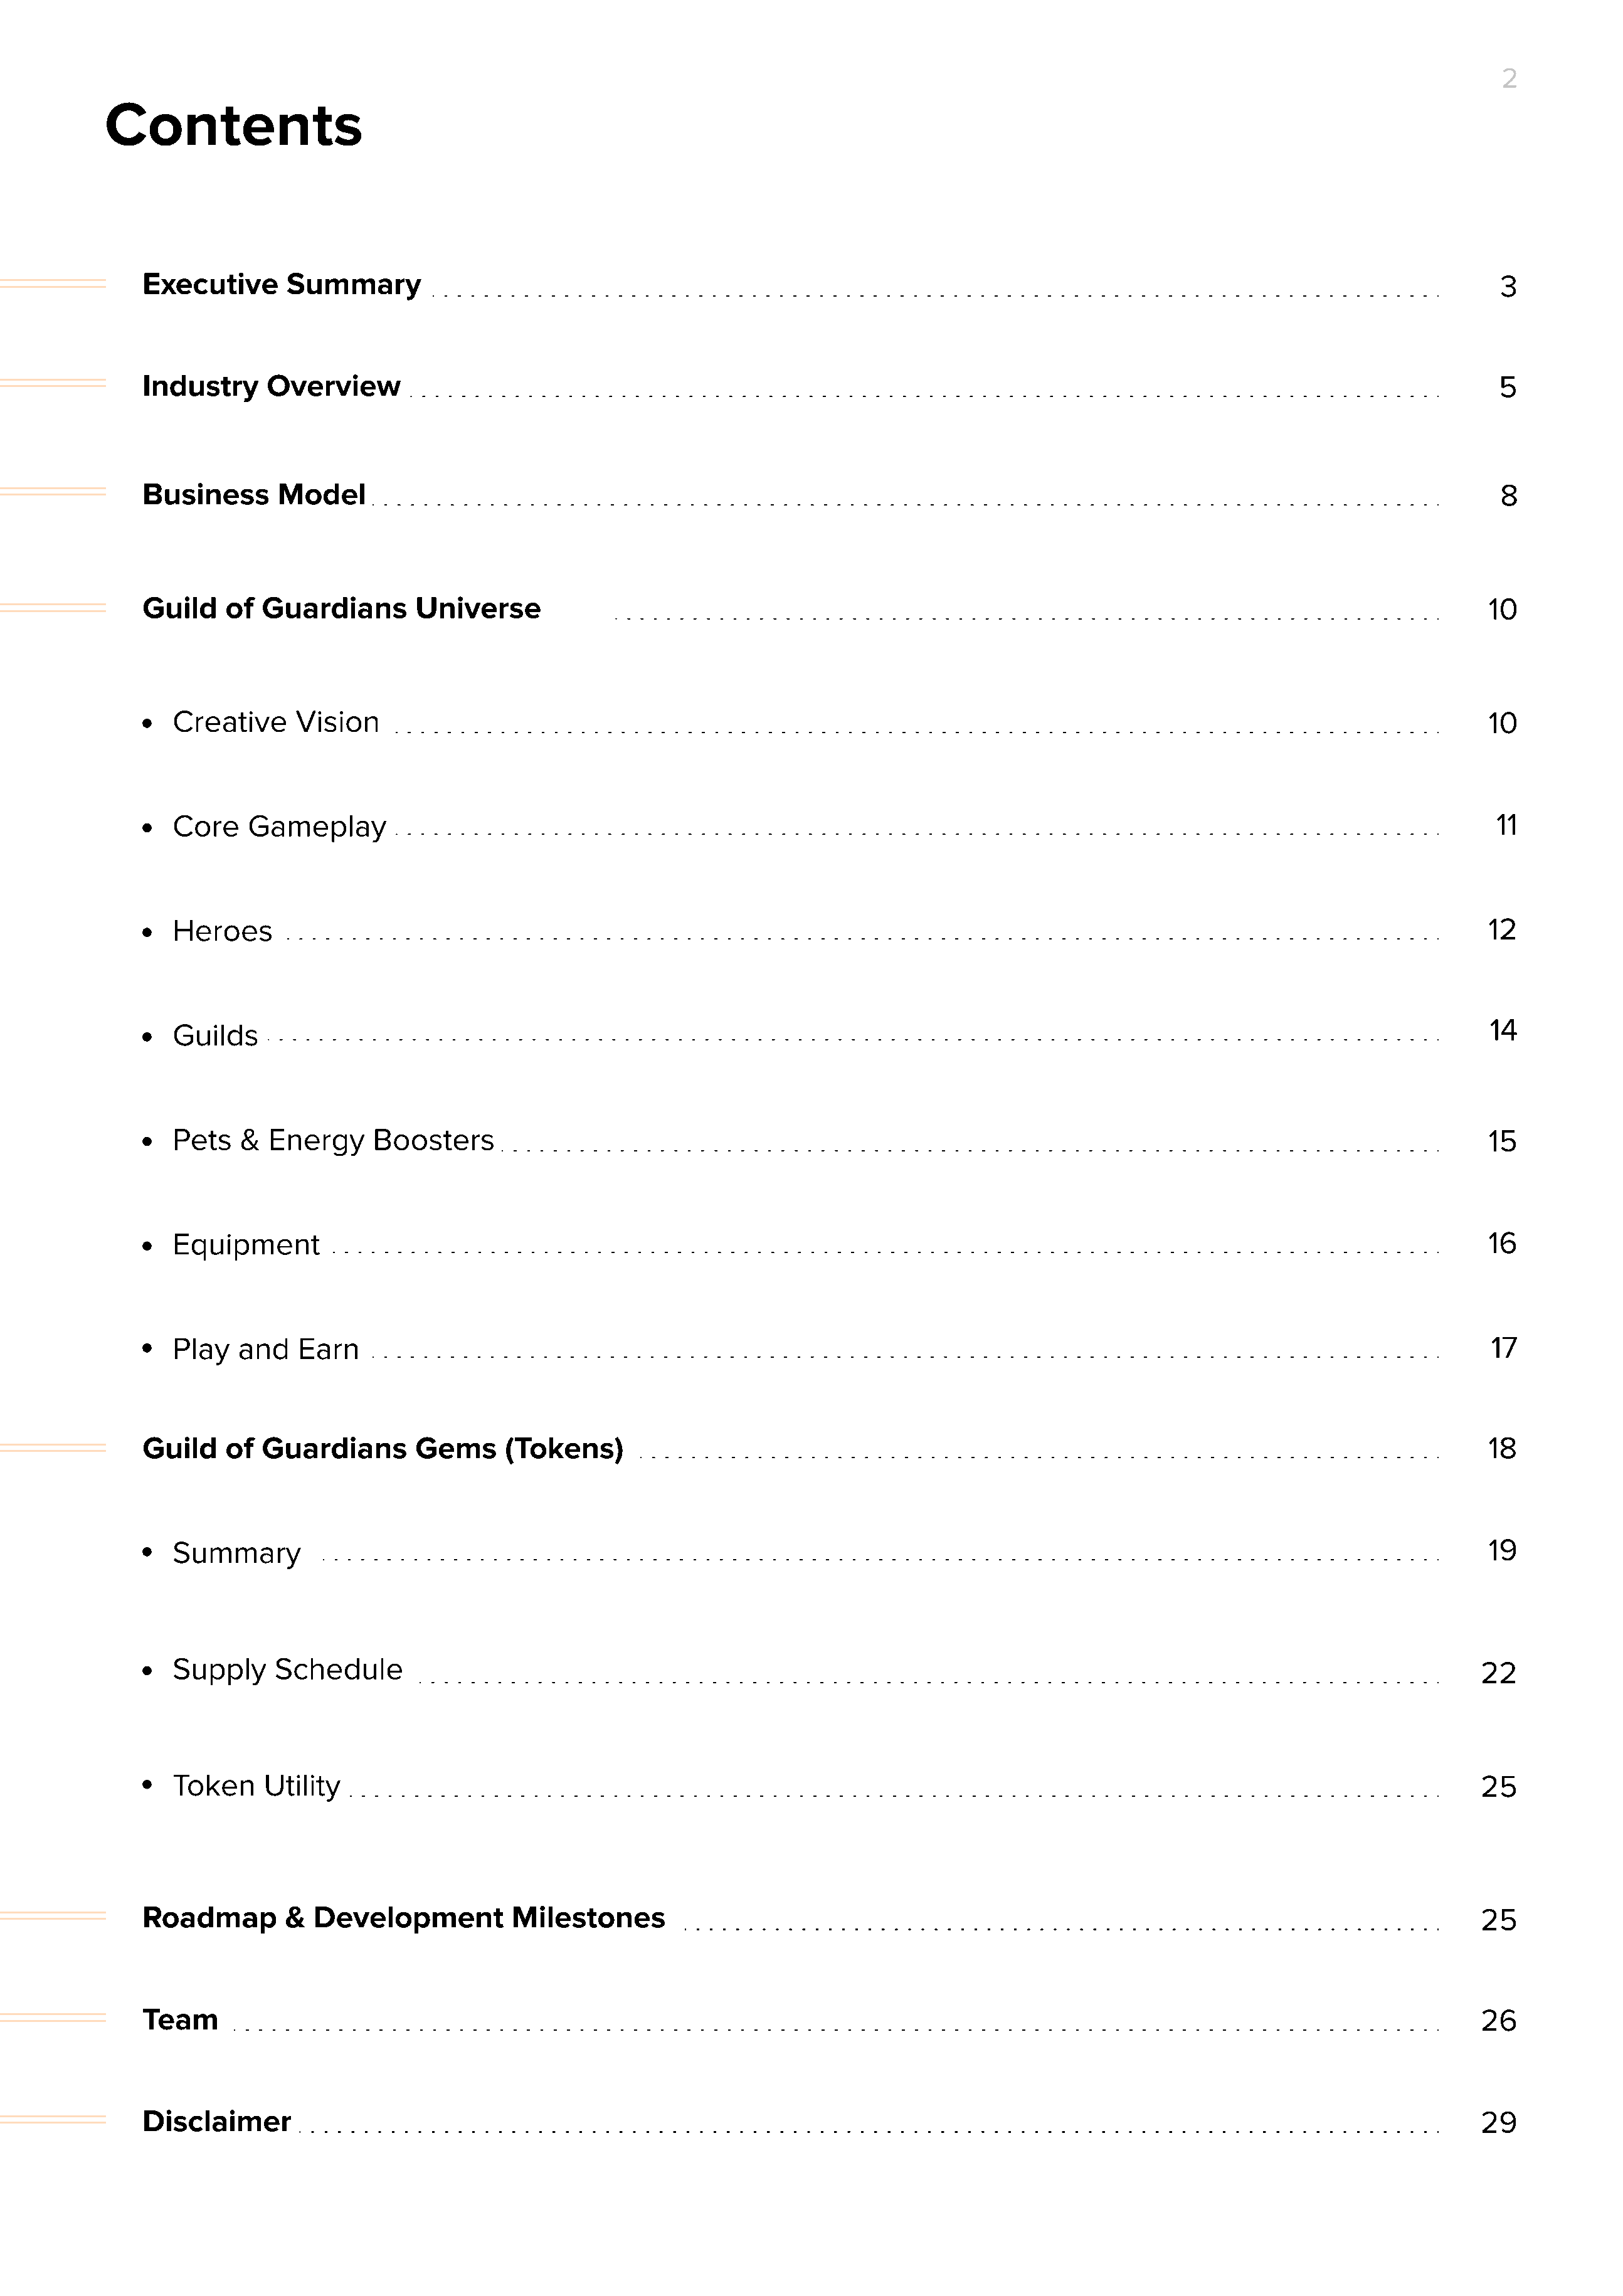
2
 Contents
 Executive      Summary                                                                                                                         3
 Industry     Overview                                                                                                                          5
 Business      Model                                                                                                                            8
 Guild    of  Guardians       Universe                                                                                                         10
 Creative     Vision                                                                                                                        10
 Core    Gameplay
 11
 Heroes                                                                                                                                     12
 14
 Guilds
 Pets   &  Energy     Boosters
 15
 Equipment                                                                                                                                  16
 Play   and   Earn                                                                                                                          17
 Guild    of  Guardians       Gems     (Tokens)                                                                                                18
 Summary                                                                                                                                    19
 Supply     Schedule
 22
 Token     Utility                                                                                                                         25
 Roadmap        &  Development          Milestones
 25
 Team                                                                                                                                         26
 Disclaimer                                                                                                                                   29